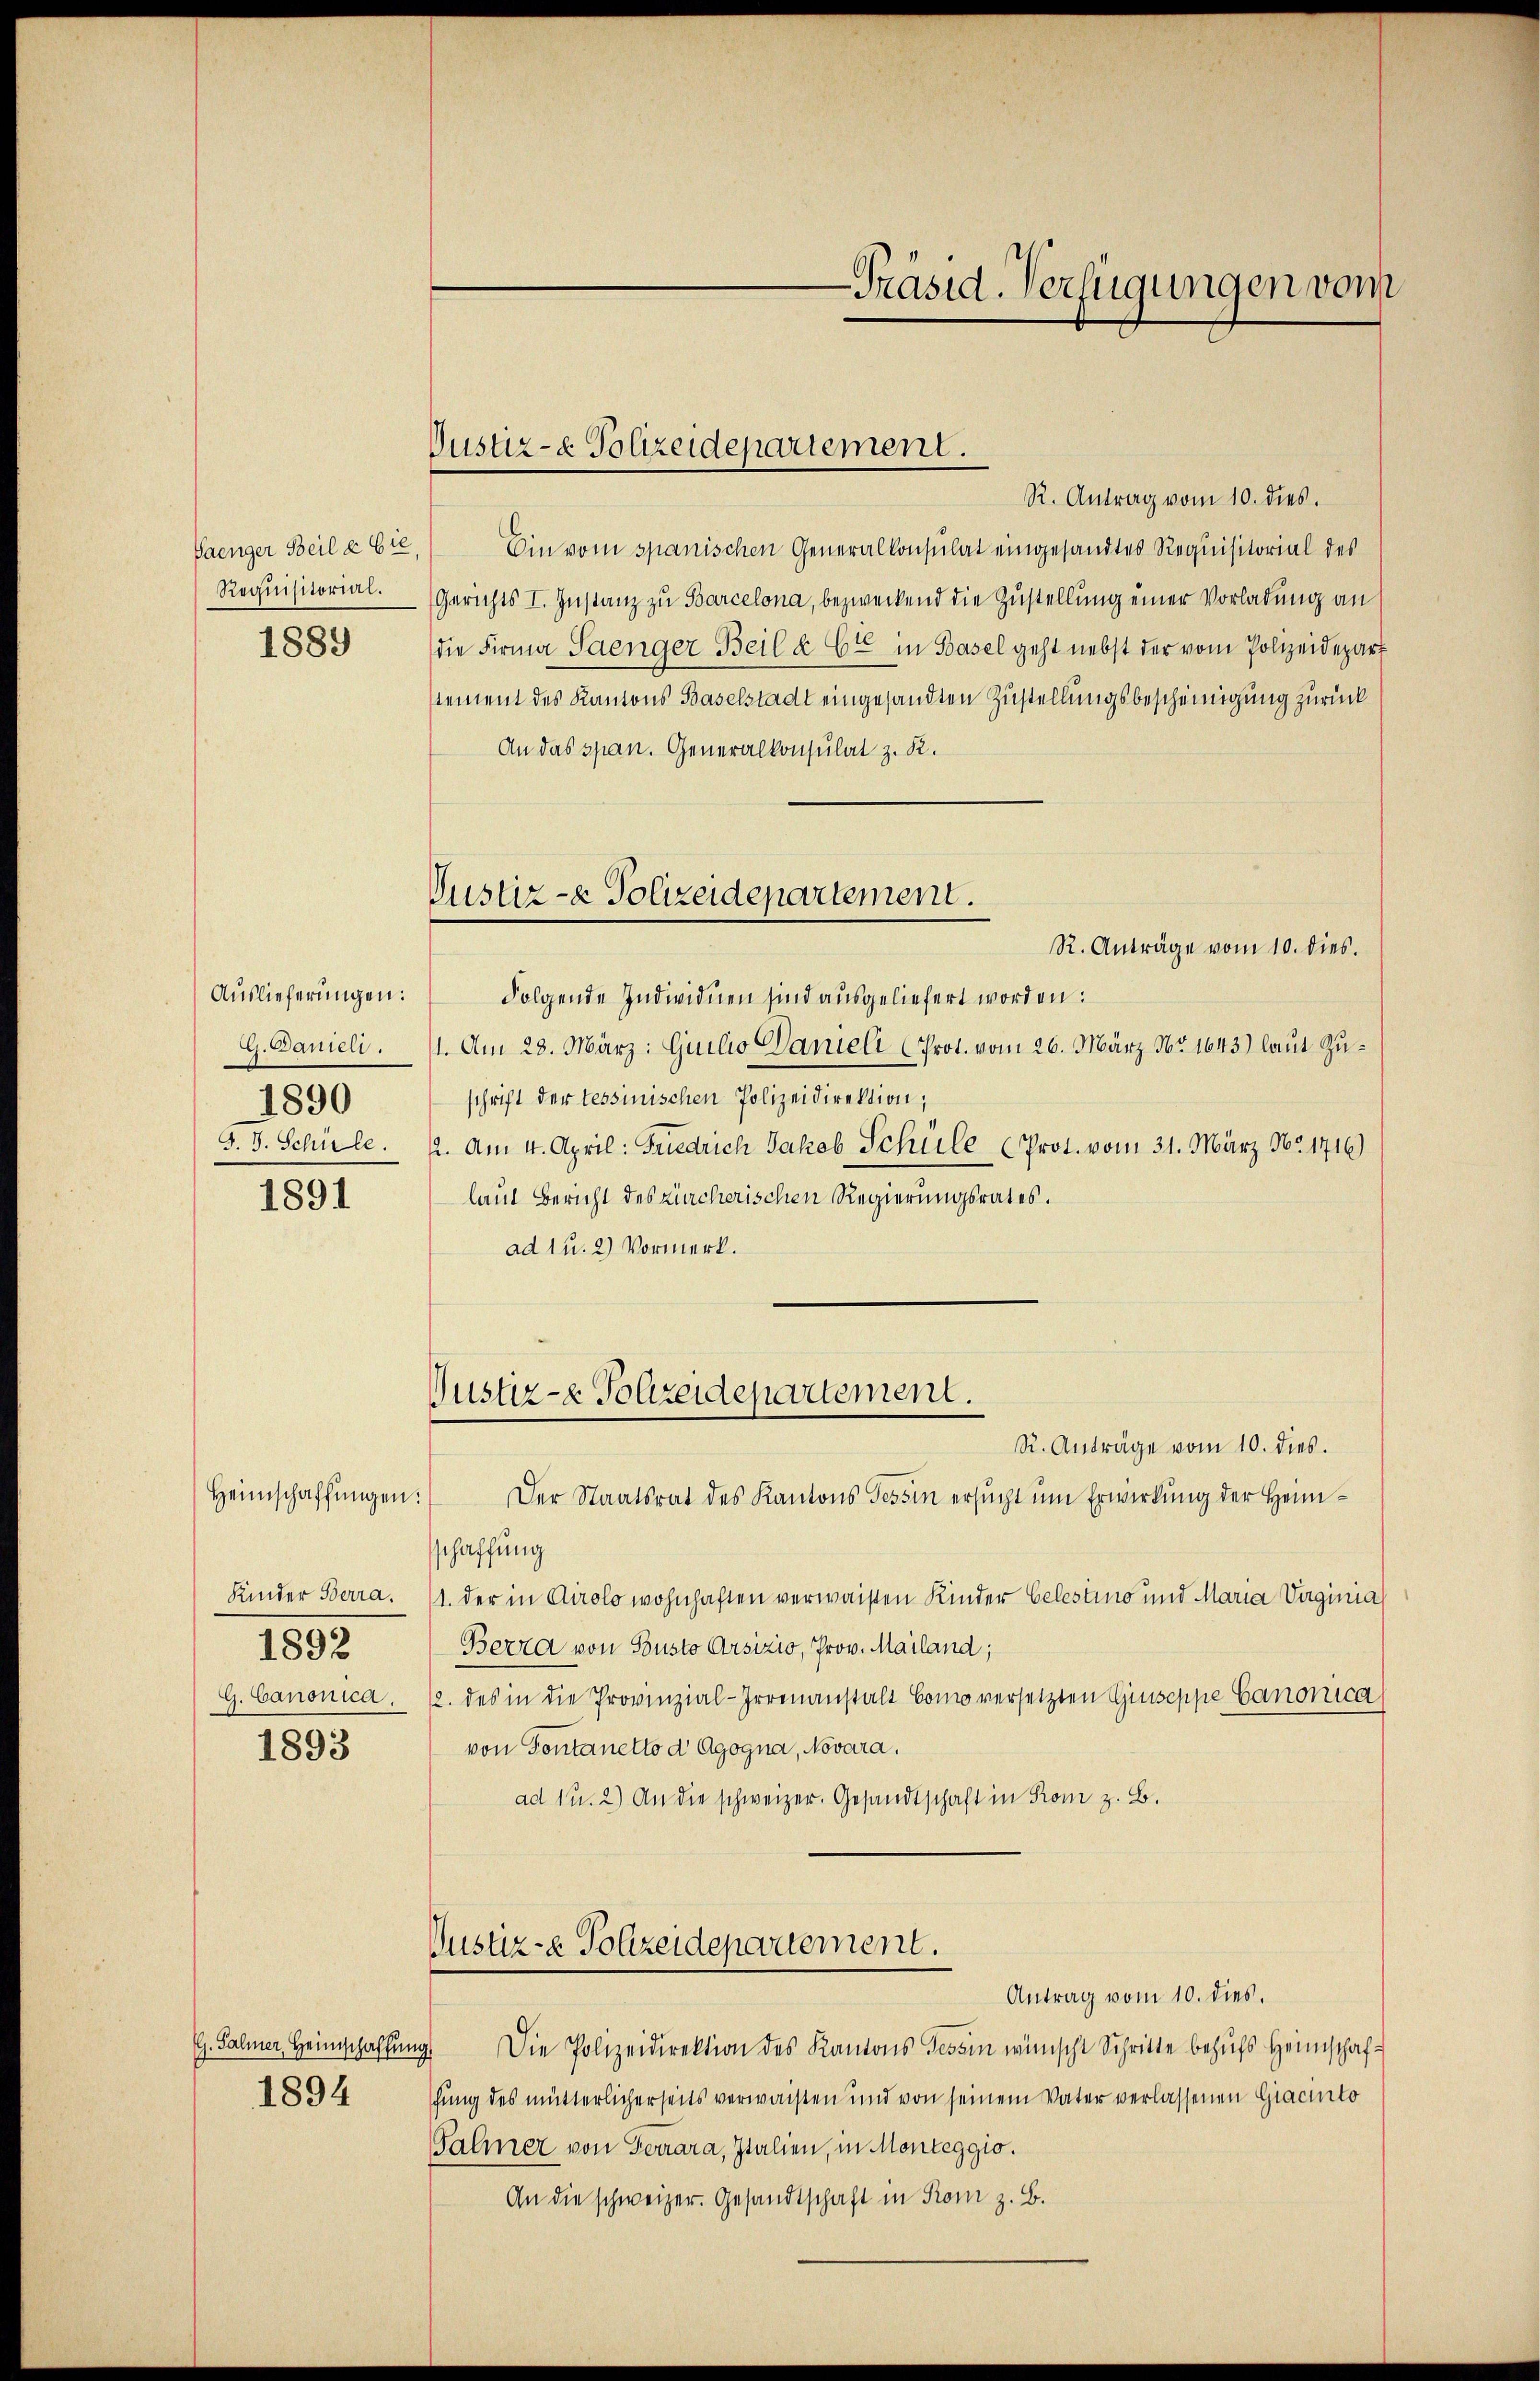
Paenger Beile bie
Requisitorial.
1889

Auslieferungen:
G. Danieli.
1890
S. S. Schule.

1891

Kinder Berra
1892
G. Canonica.

1893

G. Salmer, Heimschaffun
1894

Heimschaffŭngen:

Justiz- & Polizeidepartement.

Justiz- & Polizeidepartement.
R. Anträge vom 10. dies.

Präsid-Verfügungen vom

R. Antrag vom 10. dies.
Ein vom spanischen Generalkonsulat eingesandtes Requisitorial des
Gerichts I. Instanz zu Barcelona, bezweckend die Zustellung einer Vorladung an
die Firma Saenger Beil a Cr in Basel geht nebst der vom Polizeidepart
stement des Kantons Baselstadt eingesandten Zustellungsbescheinigung zurück
An das span. Generalkonsulat z. R.
Folgende Individuen sind ausgeliefert worden:
1. Am 28. März: Quilio Danieli Prot. vom 26. März Nr. 1643.) laut Zuschrift der tessinischen Polizeidirektion;
2. Am 4. April: Friedrich Jakob Schule (Prot. vom 31. März No. 1716)
laut Bericht des Kircherischen Regierungsrates.
ad 1 u. 2) Vormerk.
Justiz- & Polizeidepartement.
R. Anträge vom 10. dies.
Der Staatsrat des Kantons Tessin ersucht um Erwirkung der Heimschaffung
1. der in Airolo wohnhaften verwaisen Kinder Celestino und Maria Virginia
Berra von Busto Arsizio, Prov. Mailand;
12. des in die Provinzial-Irrenanstalt Como versetzten Giuseppe Canonica
von Fontanetto d Agogna, Novara.
ad 1. 2) An die schweizer. Gesandtschaft in Rom z. B.
Vustiz-e Polizeidepartement.
Antrag vom 10. dies.
19. Die Polizeidirektion des Kantons Tessin wünscht Schritte behufs Heimschafschung des mütterlicherseits verwachten und von seinem Vater verlassenen Giacinto
Falmer von Ferrara, Italien, in Monteggio.
An die schweizer. Gesandtschaft in Rom z. B.